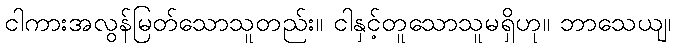
ငါကားအလွန်မြတ်သောသူတည်း။ ငါနှင့်တူသောသူမရှိဟု။ ဘာသေယျ၊